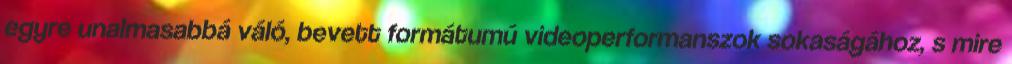
egyre unalmasabbá váló, bevett formátumú videoperformanszok sokaságához, s mire